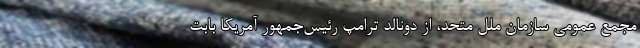
مجمع عمومی سازمان ملل متحد، از دونالد ترامپ رئیس‌جمهور آمریکا بابت